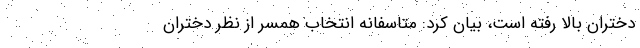
دختران بالا رفته است، بیان کرد: متاسفانه انتخاب همسر از نظر دختران